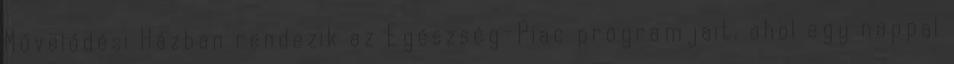
Művelődési Házban rendezik az Egészség-Piac programjait, ahol egy nappal